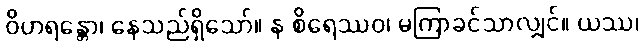
ဝိဟရန္တော၊ နေသည်ရှိသော်။ န စိရေဿဝ၊ မကြာခင်သာလျှင်။ ယဿ၊